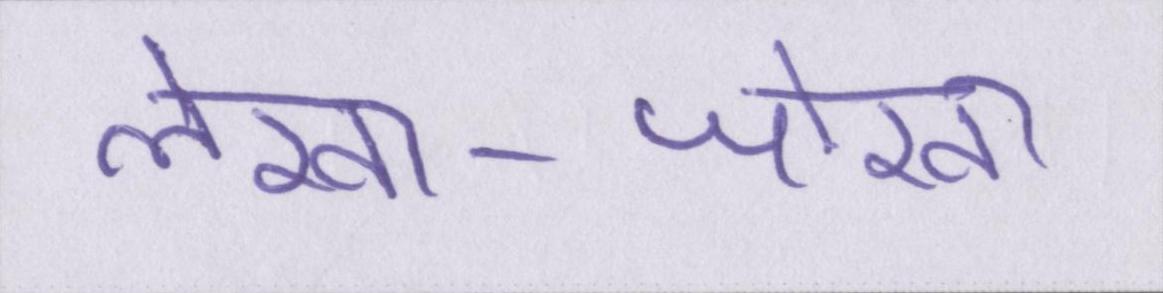
लेखा-जोखा